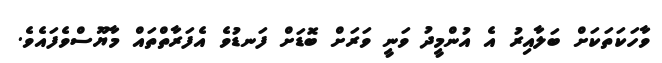
ވާހަކަތަކަށް ބަލާއިރު އެ އުންމީދު ވަނީ ވަރަށް ބޮޑަށް ފަނޑުވެ އެފަރާތްތައް މާޔޫސްވެފައެވެ.